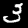
Label: 3